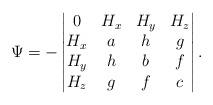
LaTeX: \begin{align*}\Psi & = - \begin{vmatrix}0 & H_x & H_y & H_z \\H_x & a & h & g \\H_y & h & b & f \\H_z & g & f & c\end{vmatrix}.\end{align*}